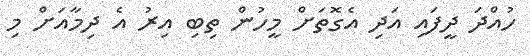
ހުއްދަ ދީފައި އަދި އެގޮތަށް މީހުން ތިބި އިރު އެ ދިމާއަށް މި